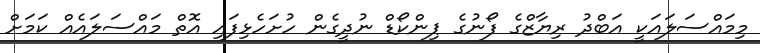
މިމައްސަލައަކީ އަބްދު ރިޔާޒްގެ ފޯނުގެ ޕިންކޯޑް ނުދީގެން ހުށަހެޅިފައި އޮތް މައްސަލައެއް ކަމަށް